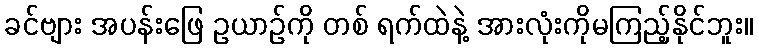
ခင်ဗျား အပန်းဖြေ ဥယာဉ်ကို တစ် ရက်ထဲနဲ့ အားလုံးကိုမကြည့်နိုင်ဘူး။